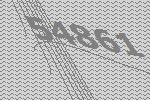
54861